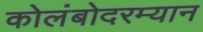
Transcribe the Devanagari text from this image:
कोलंबोदरम्यान